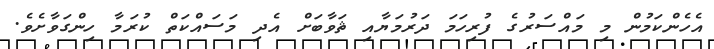
އެހެންކަމުން މި މައްސަރުގެ ފުރިހަމަ ދަރުމަޔާއި ޘަވާބަށް އެދި މަސައްކަތް ކުރަމާ ހިންގަވާށެވެ.